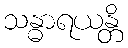
သန္ဓာရယန္တိ